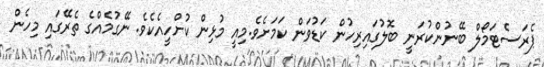
ޕެރަސެޓަމޯލް ބޭނުންކުރަނީ ބޮލުގައިރިހުން ކަޑުވަން ކަމަށެވެ.މިއީ މުޅިން ކުށްހީއެކެވެ. ނޭގުމެއްގެ ތެރޭގައި މިހެން